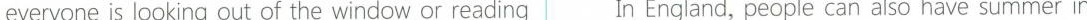
everyone is looking out of the window or reading In England, people can also have summer in